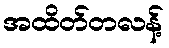
အထိတ်တလန့်